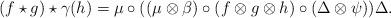
LaTeX: \begin{gather*}(f\star g)\star \gamma (h)=\mu \circ ( ( \mu \otimes \beta )\circ ( f\otimes g\otimes h ) \circ ( \Delta \otimes \psi ) ) \Delta .\end{gather*}